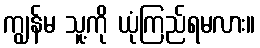
ကျွန်မ သူ့ကို ယုံကြည်ရမလား။